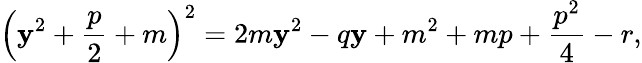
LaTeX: \left(\mathbf{y}^{2}+{\frac{{p}}{{2}}}+m\right)^{2}=2m\mathbf{y}^{2}-q\mathbf{y}+m^{2}+mp+{\frac{{p^{2}}}{{4}}}-r,